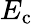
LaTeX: E_{\mathrm{c}}